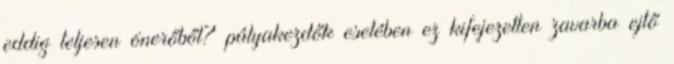
eddig teljesen önerőből? pályakezdők esetében ez kifejezetten zavarba ejtő